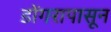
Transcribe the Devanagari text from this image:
डोंगरापासून